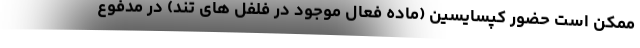
ممکن است حضور کپسایسین (ماده فعال موجود در فلفل های تند) در مدفوع